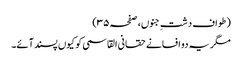
(طواف دشتِ جنوں، صفحہ ۳۵)
مگر یہ دو افسانے حقانی القاسمی کو کیوں پسند آئے۔